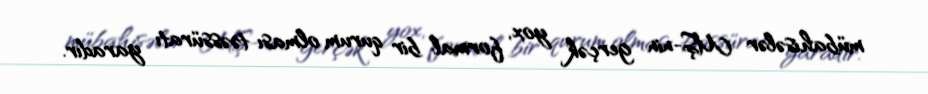
mübahisələr MŞ-nin gerçək yox, formal bir qurum olması təəssüratı yaradır.